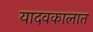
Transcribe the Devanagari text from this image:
यादवकालात